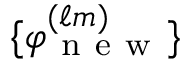
\{ \varphi _ { \mathrm { ~ n ~ e ~ w ~ } } ^ { ( \ell m ) } \}